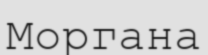
Моргана